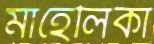
মাহেলিকা